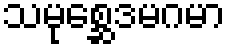
သမုစ္ဆေဒမဂမာ